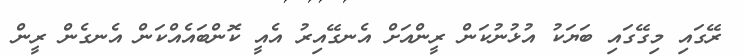
ރޭގައި މިގޭގައި ބަޔަކު އުޅުނުކަން ރީންއަށް އެނގޭއިރު އެއީ ކޮންބައެއްކަން އެނގެން ރީން